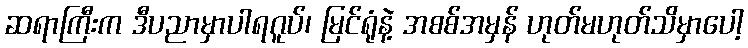
ဆရာကြီးက ဒီပညာမှာပါရဂူပ်၊ မြင်ရုံနဲ့ အစစ်အမှန် ဟုတ်မဟုတ်သိမှာပေါ့